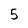
Character: 5